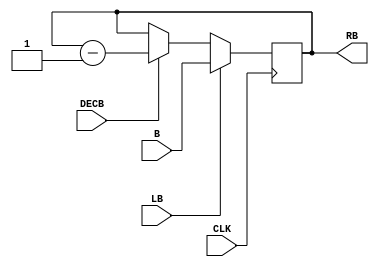
module RegisterB(RB, B, LB, DECB, CLK);
	output reg [7:0] RB;
	input [7:0] B;
	input LB;
	input CLK;
	input DECB;
	
	always @(posedge CLK)
		begin
			if(LB == 1)
				RB <= B;
			else if(DECB == 1)
				RB <= RB - 1;
		end
endmodule